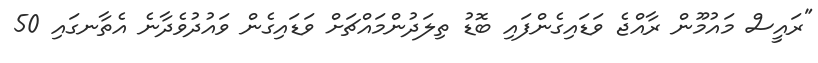
"ރައީސް މައުމޫން ރާއްޖެ ވަޑައިގެންފައި ބޮޑު ތިލަދުންމައްޗަށް ވަޑައިގެން ވައުދުވެދާނެ އެތާނގައި 50